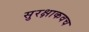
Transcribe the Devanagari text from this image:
सुरक्षाकवच